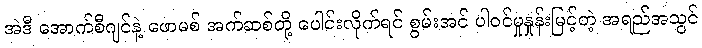
အဲဒီ အောက်စီဂျင်နဲ့ ဖောမစ် အက်ဆစ်တို့ ပေါင်းလိုက်ရင် စွမ်းအင် ပါဝင်မှုနှုန်းမြင့်တဲ့ အရည်အသွင်